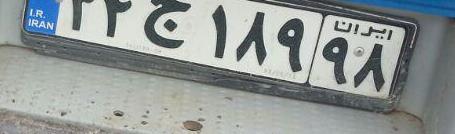
۳۴ج۱۸۹۹۸